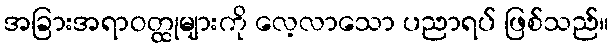
အခြားအရာဝတ္ထုများကို လေ့လာသော ပညာရပ် ဖြစ်သည်။